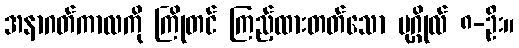
အနာဂတ်ကာလကို ကြိုတင် ကြည့်ထားတတ်သော ပုဂ္ဂိုလ် ၈-ဦး။